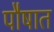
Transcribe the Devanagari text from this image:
पौषात